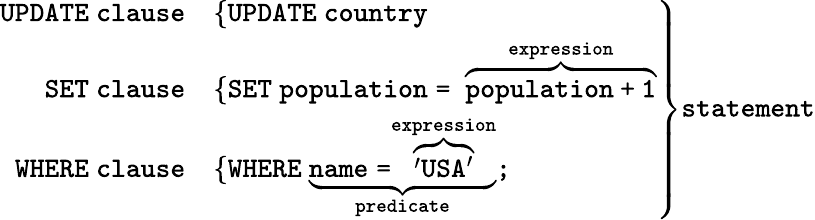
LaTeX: \left.{\begin{array}{rl}{\textstyle{\mathtt{UPDATE~clause}}}&{\{ {\mathtt{UPDATE\ country}}}\\ {\textstyle{\mathtt{SET~clause}}}&{\{ {\mathtt{SET\ population=~}}\overbrace{\mathtt{population+1}}^{\mathtt{expression}}}\\ {\textstyle{\mathtt{WHERE~clause}}}&{\{ {\mathtt{WHERE\ \underbrace{{name=}\overbrace{'USA^{\prime}}^{expression}}_{predicate};}}}\end{array}}\right\} {\textstyle{\texttt{statement}}}